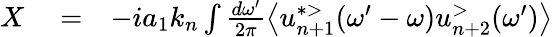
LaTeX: \begin{array}{rlr}{X}&{{}=}&{-ia_{1}k_{n}\int\frac{d\omega^{\prime}}{2\pi}\left\langle u_{n+1}^{*>}(\omega^{\prime}-\omega)u_{n+2}^{>}(\omega^{\prime})\right\rangle}\end{array}